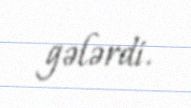
gələrdi.